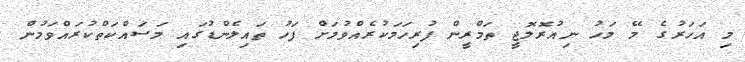
މި އަހަރުގެ މޭ މަހު ނިއުރޮލޮޖީ ތަމްރީން ފުރިހަމަކުރެއްވުމަށް ފަހު ތައިލެންޑުގައި މަސައްކަތްކުރައްވަމުން